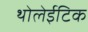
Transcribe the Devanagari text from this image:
थोलेईटिक